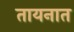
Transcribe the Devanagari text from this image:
तायनात